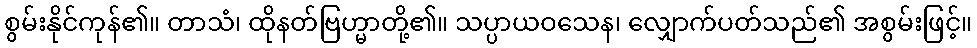
စွမ်းနိုင်ကုန်၏။ တာသံ၊ ထိုနတ်ဗြဟ္မာတို့၏။ သပ္ပာယဝသေန၊ လျှောက်ပတ်သည်၏ အစွမ်းဖြင့်။